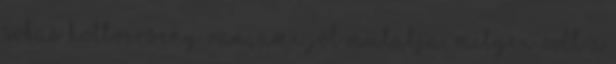
sokas holtverseny van, ami jól mutatja, milyen volt a